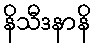
နိသီဒနာနိ